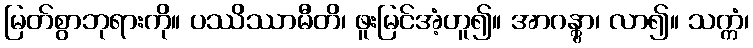
မြတ်စွာဘုရားကို။ ပဿိဿာမီတိ၊ ဖူးမြင်အံ့ဟူ၍။ အာဂန္တွာ၊ လာ၍။ သက္ကံ၊